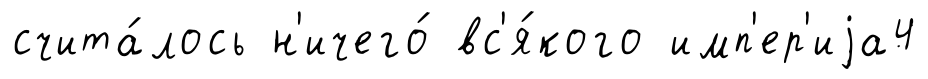
счита́лось н'ичего́ вс'я́кого имп'ер'иjа4